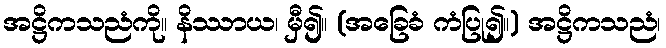
အဋ္ဌိကသညံကို။ နိဿာယ၊ မှီ၍။ (အခြေခံ ကံပြု၍။) အဋ္ဌိကသညံ၊